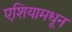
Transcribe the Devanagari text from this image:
एशियामधून